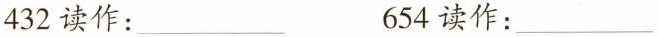
432读作：___ 654读作：___